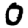
Digit: 0